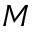
M